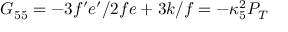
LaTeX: G _ { 5 5 } = - 3 f ^ { \prime } e ^ { \prime } / 2 f e + 3 k / f = - \kappa _ { 5 } ^ { 2 } P _ { T }